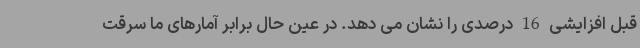
قبل افزایشی 16 درصدی را نشان می دهد. در عین حال برابر آمارهای ما سرقت